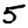
Digit: 5